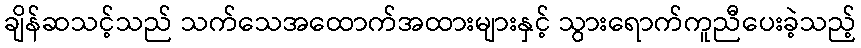
ချိန်ဆသင့်သည် သက်သေအထောက်အထားများနှင့် သွားရောက်ကူညီပေးခဲ့သည့်